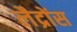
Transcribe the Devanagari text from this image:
लैद्रोंस